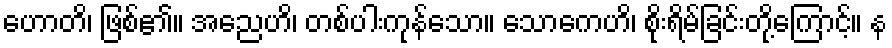
ဟောတိ၊ ဖြစ်၏။ အညေဟိ၊ တစ်ပါးကုန်သော။ သောကေဟိ၊ စိုးရိမ်ခြင်းတို့ကြောင့်။ န